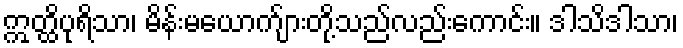
ဣတ္ထိပုရိသာ၊ မိန်းမယောက်ျားတို့သည်လည်းကောင်း။ ဒါသိဒါသာ၊